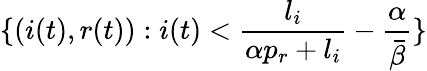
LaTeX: \{ (i(t),r(t)):i(t)<\frac{l_{i}}{\alpha p_{r}+l_{i}}-\frac{\alpha}{\bar{\beta}}\}